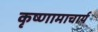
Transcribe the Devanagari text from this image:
कृष्णामाचार्य